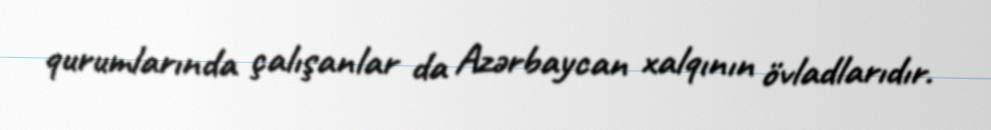
qurumlarında çalışanlar da Azərbaycan xalqının övladlarıdır.